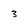
Character: 3